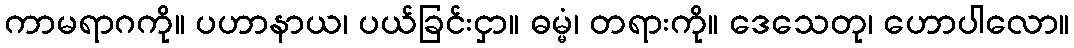
ကာမရာဂကို။ ပဟာနာယ၊ ပယ်ခြင်းငှာ။ ဓမ္မံ၊ တရားကို။ ဒေသေတု၊ ဟောပါလော။